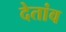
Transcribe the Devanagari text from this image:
देतांव